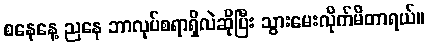
စနေနေ့ ညနေ ဘာလုပ်စရာရှိလဲဆိုပြီး သွားမေးလိုက်မိတာရယ်။